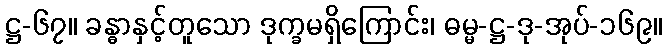
ဋ္ဌ-၆၇။ ခန္ဓာနှင့်တူသော ဒုက္ခမရှိကြောင်း၊ ဓမ္မ-ဋ္ဌ-ဒု-အုပ်-၁၆၉။